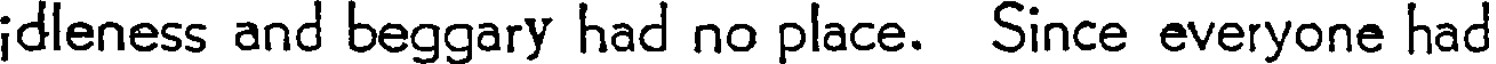
idleness and beggary had no place. Since everyone had